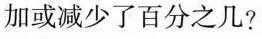
加或减少了百分之几?